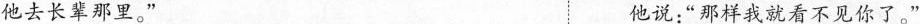
他去长辈那里。” 他说：”那样我就看不见你了。”